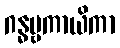
ဂန္ဓဗ္ဗကာယိကာ